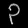
Digit: ၃